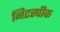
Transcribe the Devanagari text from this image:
निटस्पीक